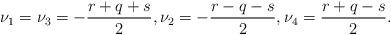
LaTeX: \begin{align*}\nu_1=\nu_3=-\frac{r+q+s}{2},\nu_2=-\frac{r-q-s}{2},\nu_4=\frac{r+q-s}{2}.\end{align*}